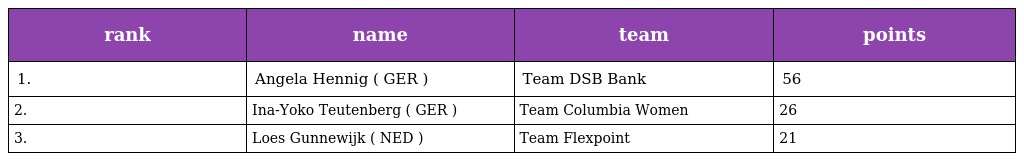
| rank | name | team | points |
 | --- | --- | --- | --- |
 | 1. | Angela Hennig ( GER ) | Team DSB Bank | 56 |
 | 2. | Ina-Yoko Teutenberg ( GER ) | Team Columbia Women | 26 |
 | 3. | Loes Gunnewijk ( NED ) | Team Flexpoint | 21 |